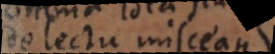
delectu misceantur,